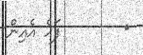
٧        ފަހެ އެއިން